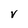
Character: V